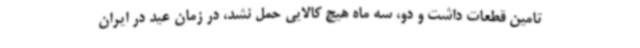
تامین قطعات داشت و دو، سه ماه هیچ کالایی حمل نشد، در زمان عید در ایران